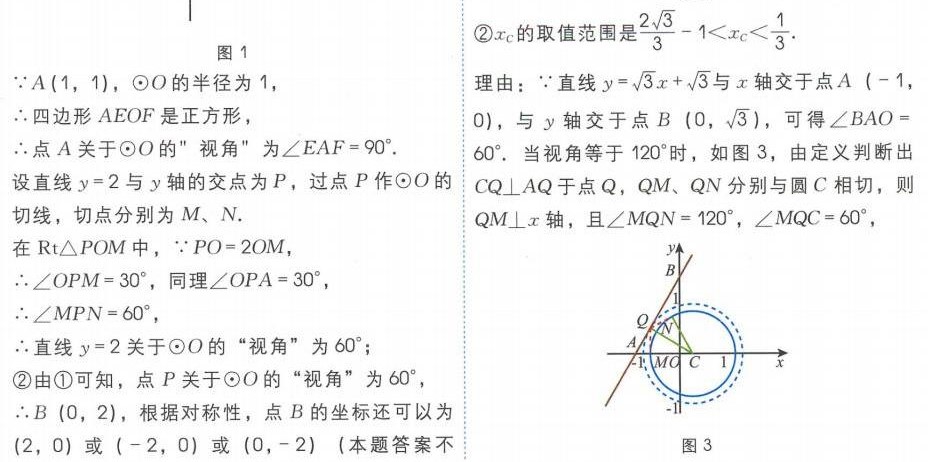
图 1
\(\because A(1,1)\)，\(\odot O\)的半径为\(1\)，
\(\therefore\)四边形\(AEOF\)是正方形，
点\(A\)关于\(\odot O\)的“视角”为\(\angle EAF = 90^{\circ}\)．
设直线\(y = 2\)与\(y\)轴的交点为\(P\)，过点\(P\)作\(\odot O\)的切线，切点分别为\(M、N\)．
在\(\text{Rt}\triangle POM\)中，\(\because PO = 2OM\)，
\(\therefore\angle OPM = 30^{\circ}\)，同理\(\angle OPA = 30^{\circ}\)，
\(\therefore\angle MPN = 60^{\circ}\)，
\(\therefore\)直线\(y = 2\)关于\(\odot O\)的“视角”为\(60^{\circ}\)；
\textcircled{2}由\textcircled{1}可知，点\(P\)关于\(\odot O\)的“视角”为\(60^{\circ}\)，
\(\therefore B(0,2)\)，根据对称性，点\(B\)的坐标还可以为\((2,0)\)或\(( - 2,0)\)或\((0,-2)\) (本题答案不
\textcircled{2}\(x_{C}\)的取值范围是\(\frac{2\sqrt{3}}{3}-1 < x_{C}<\frac{1}{3}\)．
理由：\(\because\)直线\(y = \sqrt{3}x+\sqrt{3}\)与\(x\)轴交于点\(A(-1,0)\)，与\(y\)轴交于点\(B(0,\sqrt{3})\)，可得\(\angle BAO = 60^{\circ}\)．当视角等于\(120^{\circ}\)时，如图 3，由定义判断出\(CQ\perp AQ\)于点\(Q\)，\(QM、QN\)分别与圆\(C\)相切，则\(QM\perp x\)轴，且\(\angle MQN = 120^{\circ}\)，\(\angle MQC = 60^{\circ}\)，
图 3
![图 3](图中未给出具体图像链接)